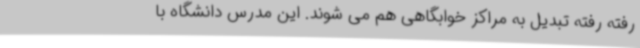
رفته رفته تبدیل به مراکز خوابگاهی هم می شوند. این مدرس دانشگاه با